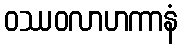
ဝဿဝလာဟကာနံ